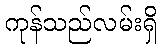
ကုန်သည်လမ်းရှိ